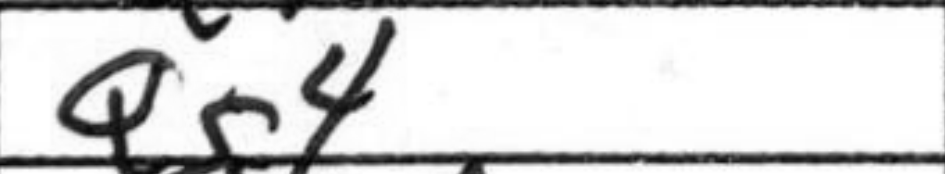
Transcription: Qg4